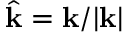
\hat { \mathbf { k } } = \mathbf { k } / \lvert \mathbf { k } \rvert